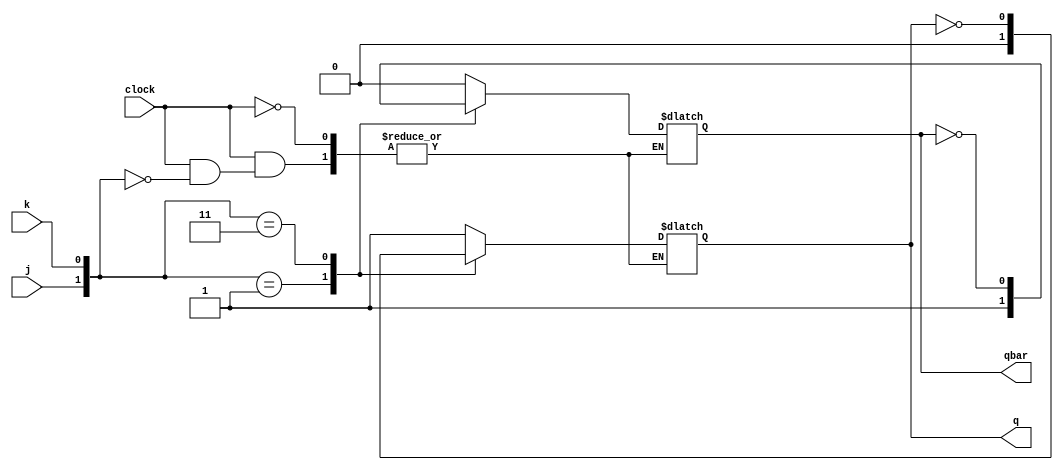
module jk_latch_tt (
    output reg q,qbar, input j,k,clock
);

always @(clock) begin
    if (clock == 1)
    begin
        case ({j,k})
            2'b00:
            begin
                q = q;
                qbar = qbar;
            end 
            2'b10:
            begin
                q = 1'b1;
                qbar = 1'b0;
            end
            2'b01:
            begin
                q = 1'b0;
                qbar = 1'b1;
            end
            2'b11:
            begin
                q = ~q;
                qbar = ~qbar;
            end
        endcase
    end
end
    
endmodule


module jk_latch_gates (output q,qbar, input j,k,clock);

wire jp,kp;

nand (jp,j,clock,qbar);
nand (kp,k,clock,q);
nand (q,jp,qbar);
nand (qbar,kp,q);

endmodule